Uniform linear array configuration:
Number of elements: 16
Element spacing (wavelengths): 1
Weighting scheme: kaiser
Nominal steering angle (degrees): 30
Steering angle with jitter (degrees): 31.62
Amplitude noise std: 0.05
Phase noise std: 0.05

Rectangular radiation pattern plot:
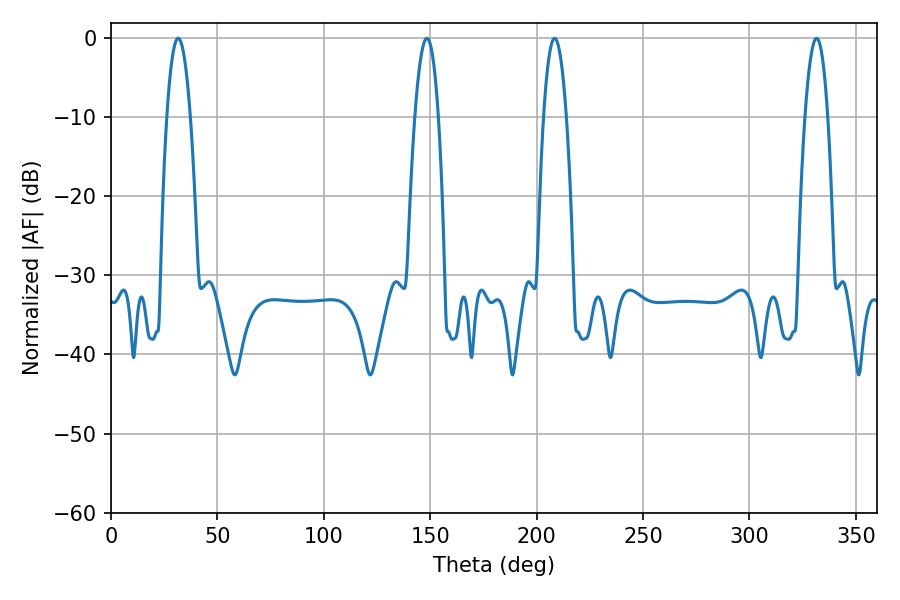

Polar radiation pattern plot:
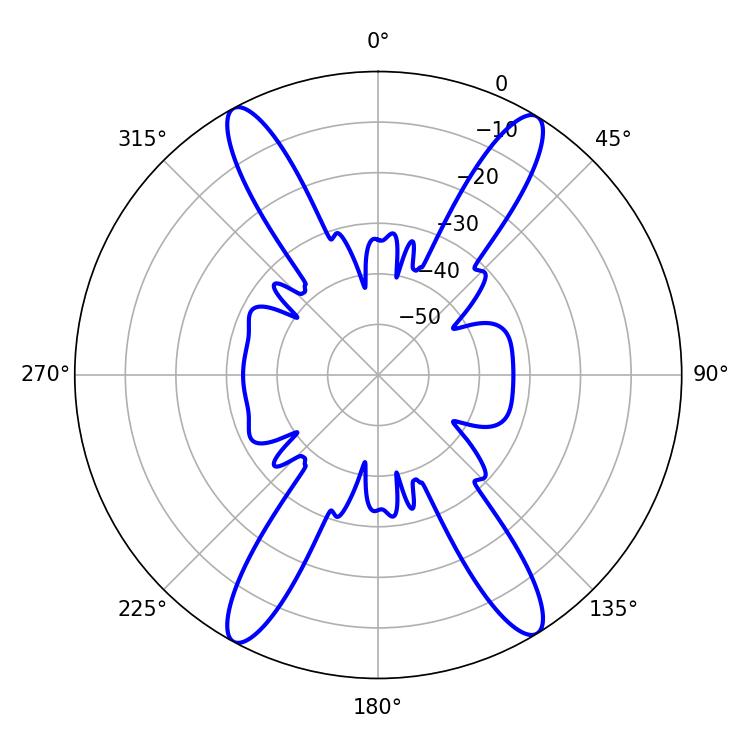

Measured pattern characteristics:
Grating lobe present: TRUE
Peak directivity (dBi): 21.489
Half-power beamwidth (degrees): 5.94
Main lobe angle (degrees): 208.44